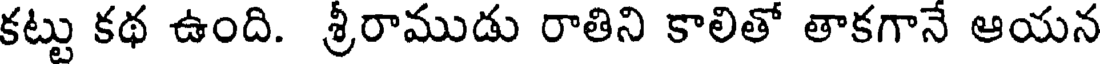
కట్టు కథ ఉంది. శ్రీరాముడు రాతిని కాలితో తాకగానే ఆయన